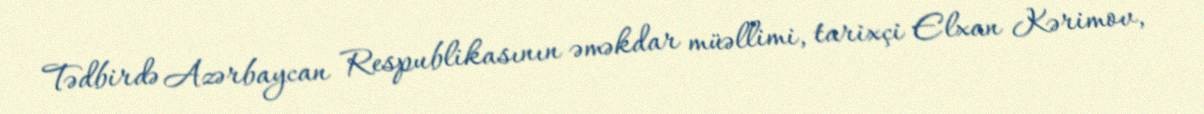
Tədbirdə Azərbaycan Respublikasının əməkdar müəllimi, tarixçi Elxan Kərimov,